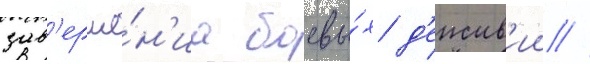
зав'ерше́н'иа боевы́х д'еиств'ии //